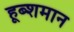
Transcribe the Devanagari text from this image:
हूब्शमान